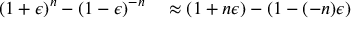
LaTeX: \begin{array} { r l } { ( 1 + \epsilon ) ^ { n } - ( 1 - \epsilon ) ^ { - n } } & { { } \approx ( 1 + n \epsilon ) - ( 1 - ( - n ) \epsilon ) } \end{array}